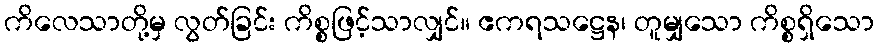
ကိလေသာတို့မှ လွတ်ခြင်း ကိစ္စဖြင့်သာလျှင်။ ဧကရသဋ္ဌေန၊ တူမျှသော ကိစ္စရှိသော